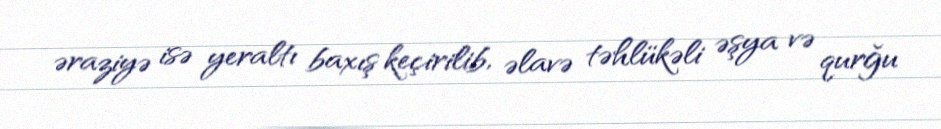
əraziyə isə yeraltı baxış keçirilib, əlavə təhlükəli əşya və qurğu